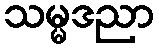
သမ္မဒညာ